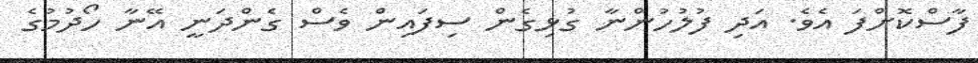
ފާސްކޮށްފަ އެވެ. އަދި ފުލުހުންނާ ގުޅިގެން ސިފައިން ވެސް ގެންދަނީ އޭނާ ހޯދުމުގެ